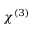
\chi ^ { ( 3 ) }